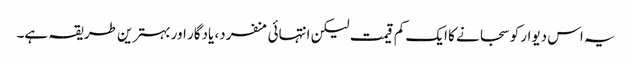
یہ اس دیوار کو سجانے کا ایک کم قیمت لیکن انتہائی منفرد، یادگار اور بہترین طریقہ ہے۔